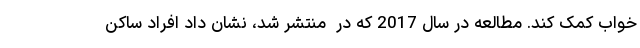
خواب کمک کند. مطالعه در سال 2017 که در  منتشر شد، نشان داد افراد ساکن